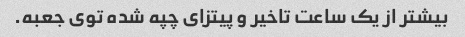
بیشتر از یک ساعت تاخیر و پیتزای چپه شده توی جعبه.